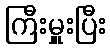
ကြီးမှူးပြီး